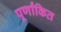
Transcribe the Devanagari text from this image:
पूर्णांकित